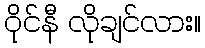
ဝိုင်နီ လိုချင်လား။